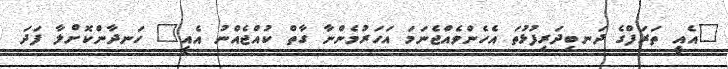
"އެއީ ތަރަފްގެ ދަނބިދަރިފުޅުތަ އެހެންވެއްޖެނަމަ އަހަރުމެންނާ ގާތް ކުއްޖެއްނު އެއީ" ހަނދާންކޮށްލާ ފަދަ